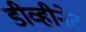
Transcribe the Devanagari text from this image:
डीव्हीनेट